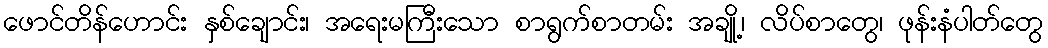
ဖောင်တိန်ဟောင်း နှစ်ချောင်း၊ အရေးမကြီးသော စာရွက်စာတမ်း အချို့၊ လိပ်စာတွေ၊ ဖုန်းနံပါတ်တွေ